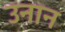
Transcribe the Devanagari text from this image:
उनान